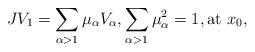
LaTeX: \begin{align*} JV_1=\sum_{\alpha>1} \mu_\alpha V_\alpha,\sum_{\alpha>1}\mu_\alpha^2=1, \textrm{at } x_0,\end{align*}